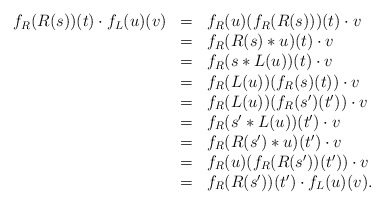
\begin{align*}\begin{array}{lll}f_R(R(s))(t)\cdot f_L(u)(v)&=&f_R(u)(f_R(R(s)))(t)\cdot v\\&=&f_R(R(s)*u)(t)\cdot v\\&=&f_R(s*L(u))(t)\cdot v\\&=&f_R(L(u))(f_R(s)(t))\cdot v\\&=&f_R(L(u))(f_R(s')(t'))\cdot v\\&=&f_R(s'*L(u))(t')\cdot v\\&=&f_R(R(s')*u)(t')\cdot v\\&=&f_R(u)(f_R(R(s'))(t'))\cdot v\\&=&f_R(R(s'))(t')\cdot f_L(u)(v).\end{array}\end{align*}